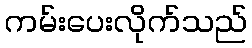
ကမ်းပေးလိုက်သည်